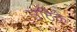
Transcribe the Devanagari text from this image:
उठिके